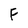
Character: F